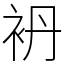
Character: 袇